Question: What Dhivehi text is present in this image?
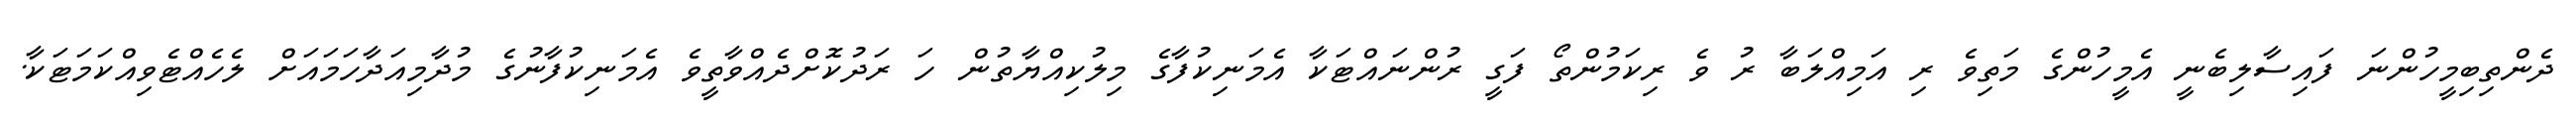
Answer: ދެންތިބިމީހުންނަ ފައިސާލިބެނީ އެމީހުންގެ މަތިވެ ރި އަމިއްލަބާ ރު ވެ ރިކަމުންތޯ ފަގީ ރުންނައްޓަކާ އެމަނިކުފާގެ މިލުކިއްޔާތުން ހަ ރަދުކޮށްދެއްވާތީވެ އެމަނިކުފާނުގެ މުދާމިއަދާހަމައަށް ލެހެއްޓެވިއްކަމަޓަކާ.